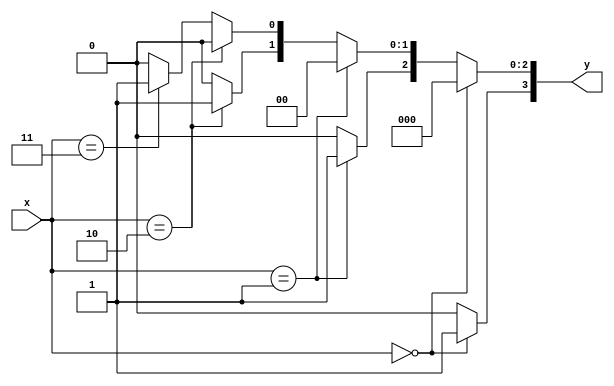
`timescale 1ns / 1ps
//////////////////////////////////////////////////////////////////////////////////
// Company: 
// Engineer: 
// 
// Design Name: 
// Module Name: decorder_2x4
// Project Name: 
// Target Devices: 
// Tool Versions: 
// Description: 
// 
// Dependencies: 
// 
// Revision:
// Revision 0.01 - File Created
// Additional Comments:
// 
//////////////////////////////////////////////////////////////////////////////////


module decorder_2x4(
     input [1:0] x,
     output reg [0:3] y 
    );
    
    always @(x)
    begin
        y = 4'b0000;
      if (x == 2'b00)
         y[0] = 1'b1;
      else if (x == 2'b01)
         y[1] = 1'b1;  
      else if (x == 2'b10)
         y[2] = 1'b1;  
      else if (x == 2'b11)
         y[3] = 1'b1;
      else
         y = 4'b0000;     
    end
endmodule


module decorder_2x4_case(
     input [1:0] x,
     output reg [0:3] y
    );
    
    always @(x)
    begin
        y = 4'b0000;
     case (x)
       2'b00 : y[0] = 1'b1;
       2'b01 : y[1] = 1'b1;
       2'b10 : y[2] = 1'b1;
       2'b11 : y[3] = 1'b1;
       default: y = 4'b0000; 
     endcase    
    end
endmodule

module decorder_2x4_case2(
     input [1:0] x,
     output reg [0:3] y  //
    );
    
    always @(x)
    begin
        y = 4'b0000;
        y[x] = 1'b1;     
    end
endmodule